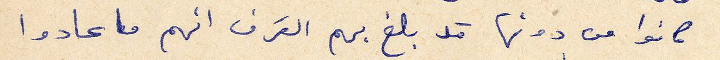
كانوا من دونها قد بلغ بهم القرف انهم ما عادوا